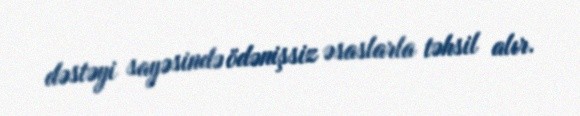
dəstəyi sayəsində ödənişsiz əsaslarla təhsil alır.